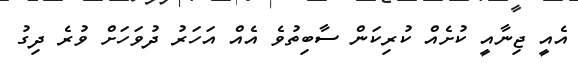
އެއީ ޖިނާއީ ކުށެއް ކުރިކަން ސާބިތުވެ އެއް އަހަރު ދުވަހަށް ވުރެ ދިގު